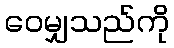
ဝေမျှသည်ကို